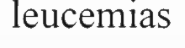
leucemias